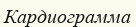
Кардиограмма